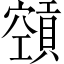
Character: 𥨨